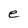
Character: e